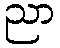
ညာ